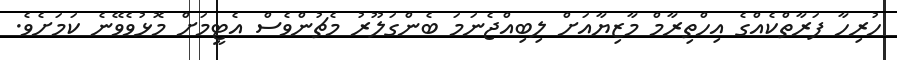
ހުރިހާ ފަރާތްކެއްގެ އިހްތިރާމް މާޒިޔާއަށް ލިބިއްޖެނަމަ ބެންގަލޫރު މެޗުންވެސް އެޓީމަށް މޮޅުވެވޭނެ ކަމަށެވެ.